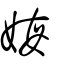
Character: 娒